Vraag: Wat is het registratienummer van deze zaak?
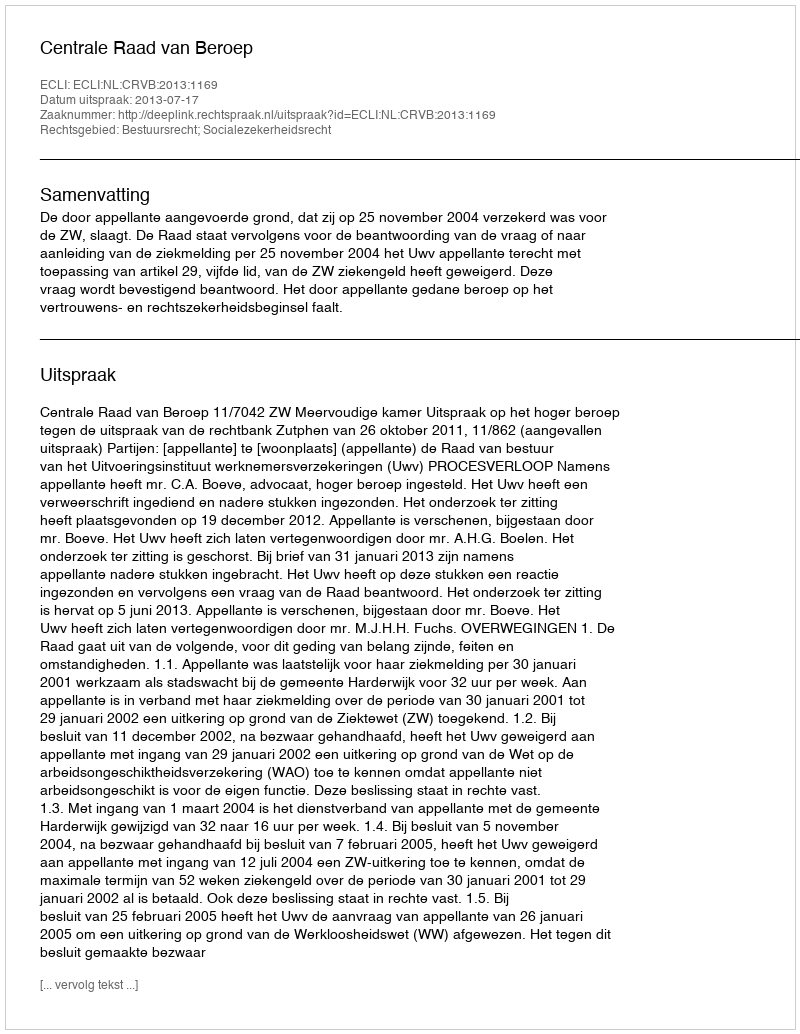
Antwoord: http://deeplink.rechtspraak.nl/uitspraak?id=ECLI:NL:CRVB:2013:1169